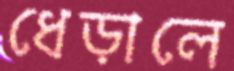
ধেড়ালে